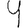
Digit: 9